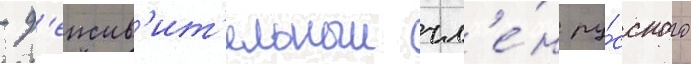
- д'еиств'ит'ельныи чл'е́н ру́сского